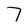
Character: 7